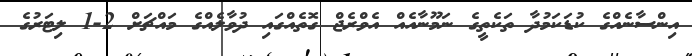
އިންސާނެއްގެ ކުޑަކަމުދާ ތަކެތީގެ ނަމޫނާއެއް އެވްރެޖް ގޮތެއްގައި ދުވާލެއްގެ މައްޗަށް 2-1 ލިޓަރުގެ